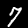
Digit: 7